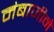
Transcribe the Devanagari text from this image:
मंबाजीने